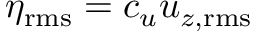
\eta _ { \mathrm { r m s } } = c _ { u } u _ { z , \mathrm { r m s } }